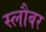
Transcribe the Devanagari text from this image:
स्लौबर